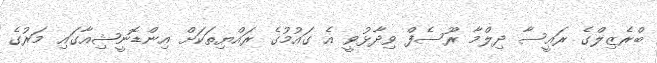
ބްރެޒިލްގެ ރައީސާ ދިލްމާ ރޫސެފް ވިދާޅުވީ އެ ގައުމުގެ ރައްޔިތަކަށް އިންޑޮނީޝިއާގައި މަރުގެ